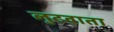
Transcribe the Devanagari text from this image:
लुटवाता